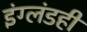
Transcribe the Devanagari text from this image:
इंग्लंडही